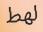
لھط